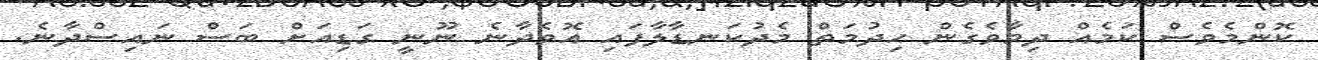
ކޮންމެވެސް ކަމެއް ދިމާވެގެން ހިދުމަތް މެދުކަނޑާލާފައި އޮވެދާނެ ނޫނީ ގަޑިއަށް ބަސް ނައިސްދާނެ.